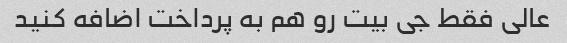
عالی فقط جی بیت رو هم به پرداخت اضافه کنید